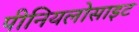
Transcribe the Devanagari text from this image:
पीनियलोसाइट